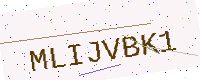
Text: MLIJVBK1